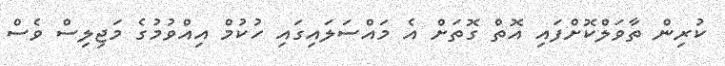
ކުރިން ތާވަލްކޮށްފައި އޮތް ގޮތަށް އެ މައްސަލައިގައި ހުކުމް އިއްވުމުގެ މަޖިލިސް ވެސް